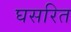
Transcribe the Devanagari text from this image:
घसरित